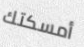
أمسكتك